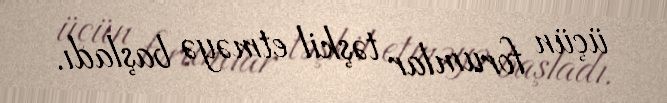
üçün forumlar təşkil etməyə başladı.